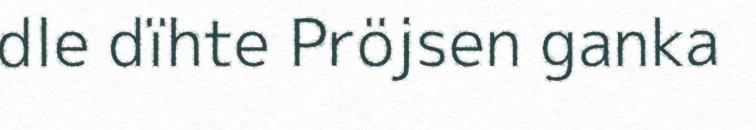
dle dïhte Pröjsen ganka